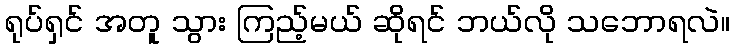
ရုပ်ရှင် အတူ သွား ကြည့်မယ် ဆိုရင် ဘယ်လို သဘောရလဲ။